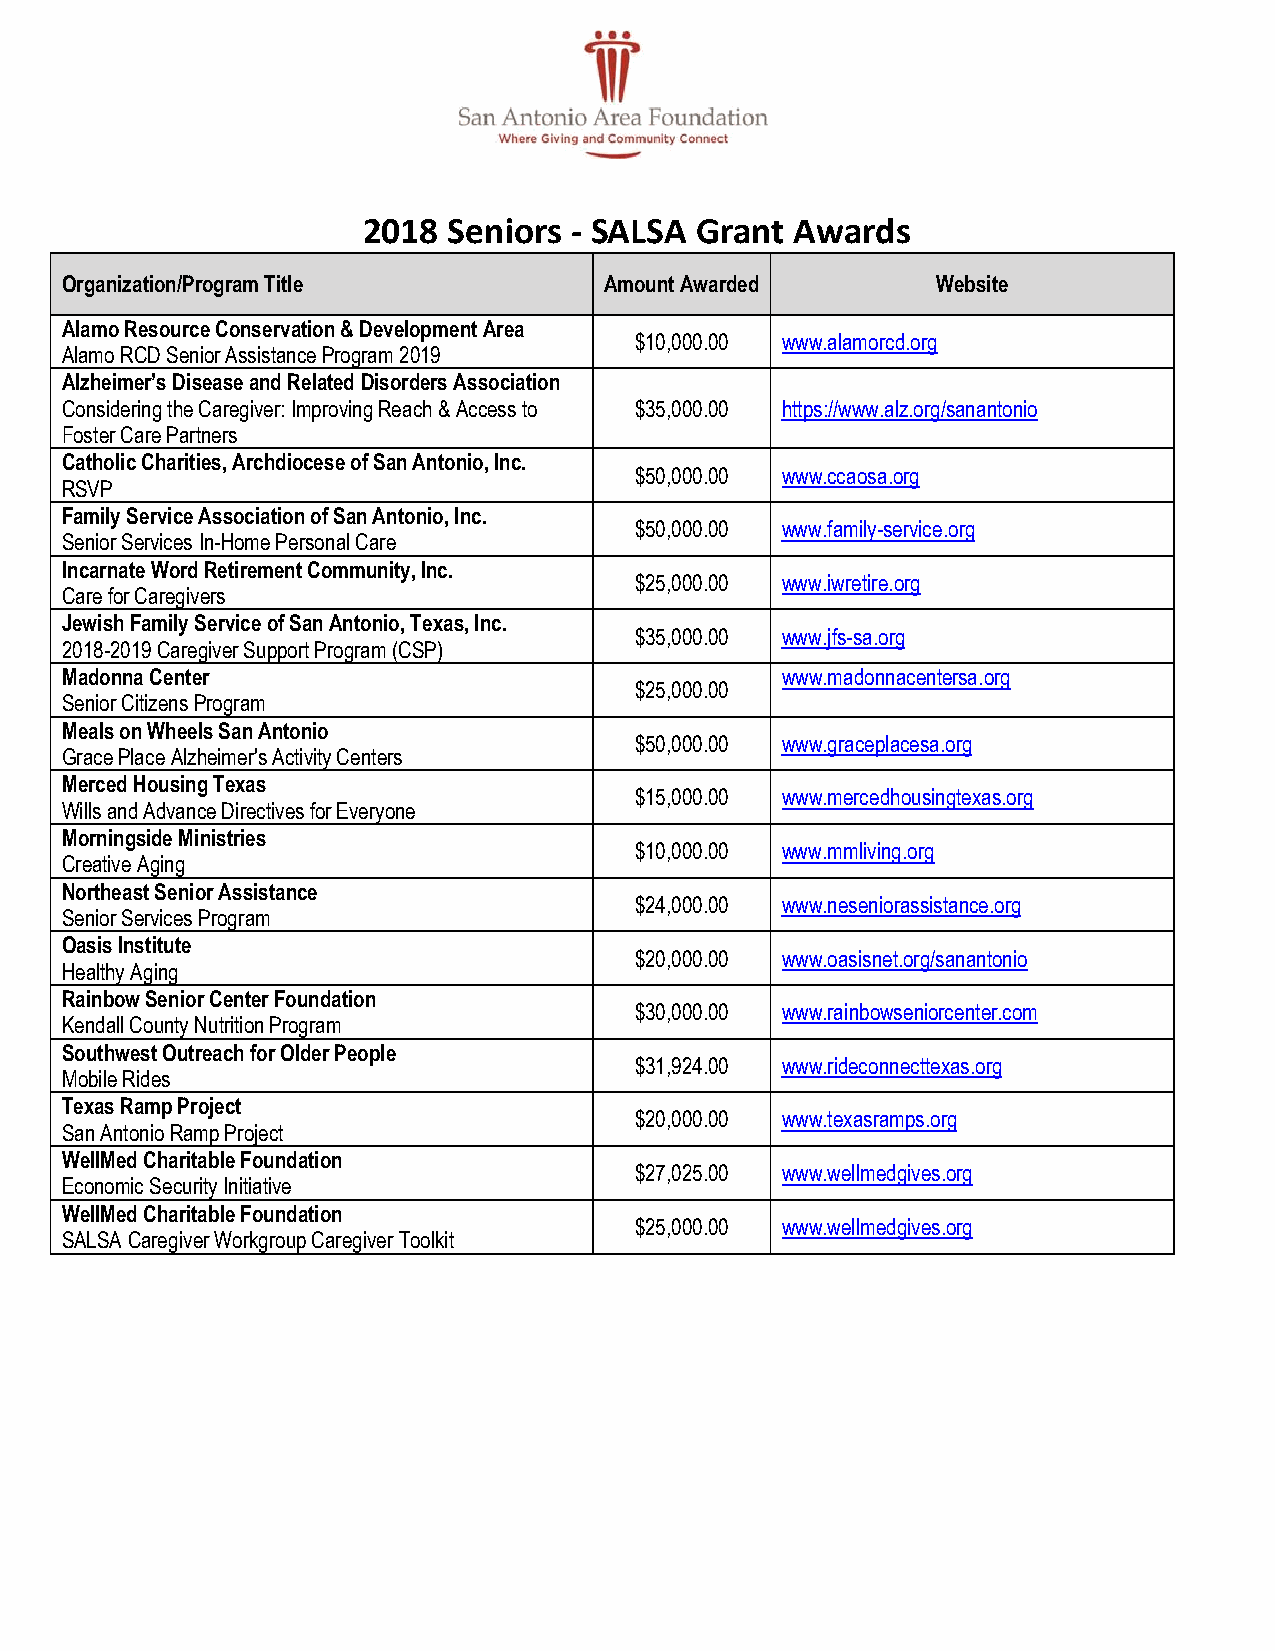
2018  Seniors - SALSA Grant  Awards
 O rganization/Program Title         Amount Awarded        Website
 Alamo Resource Conservation & Development Area
 $10,000.00 www.alamorcd.org
 Alamo RCD Senior Assistance Program 2019
 Alzheimer’s Disease and Related Disorders Association
 Considering the Caregiver: Improving Reach & Access to $35,000.00 https://www.alz.org/sanantonio
 Foster Care Partners
 Catholic Charities, Archdiocese of San Antonio, Inc.
 $50,000.00 www.ccaosa.org
 RSVP
 Family Service Association of San Antonio, Inc.
 $50,000.00 www.family-service.org
 Senior Services In-Home Personal Care
 Incarnate Word Retirement Community, Inc.
 $25,000.00 www.iwretire.org
 Care for Caregivers
 Jewish Family Service of San Antonio, Texas, Inc.
 $35,000.00 www.jfs-sa.org
 2018-2019 Caregiver Support Program (CSP)
 Madonna Center                                  www.madonnacentersa.org
 $25,000.00
 Senior Citizens Program
 Meals on Wheels San Antonio
 $50,000.00 www.graceplacesa.org
 Grace Place Alzheimer's Activity Centers
 Merced Housing Texas
 $15,000.00 www.mercedhousingtexas.org
 Wills and Advance Directives for Everyone
 Morningside Ministries
 $10,000.00 www.mmliving.org
 Creative Aging
 Northeast Senior Assistance
 $24,000.00 www.neseniorassistance.org
 Senior Services Program
 Oasis Institute
 $20,000.00 www.oasisnet.org/sanantonio
 Healthy Aging
 Rainbow Senior Center Foundation
 $30,000.00 www.rainbowseniorcenter.com
 Kendall County Nutrition Program
 Southwest Outreach for Older People
 $31,924.00 www.rideconnecttexas.org
 Mobile Rides
 Texas Ramp Project
 $20,000.00 www.texasramps.org
 San Antonio Ramp Project
 WellMed Charitable Foundation
 $27,025.00 www.wellmedgives.org
 Economic Security Initiative
 WellMed Charitable Foundation
 $25,000.00 www.wellmedgives.org
 SALSA Caregiver Workgroup Caregiver Toolkit